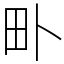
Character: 𤰘